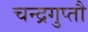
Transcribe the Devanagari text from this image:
चन्द्रगुप्तौ